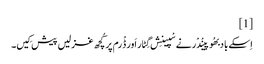
[1]
اِسکے باد بھُوپینْدْر نے سْپینِش گِٹار اَور ڈْرم پر کُچھ غزلیں پیش کِیں۔